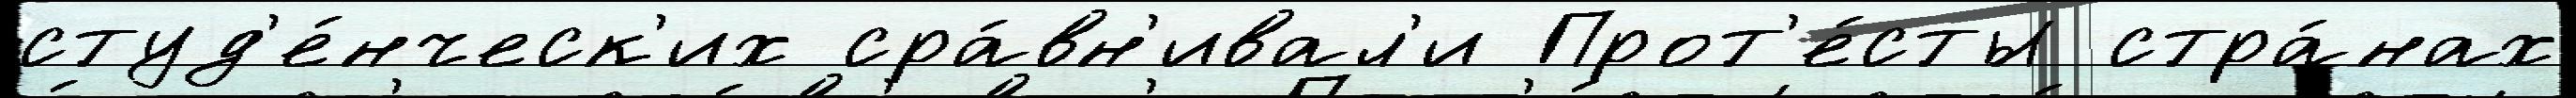
студ'е́нческ'их сра́вн'ивал'и Прот'е́сты стра́нах